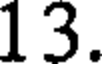
13.